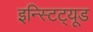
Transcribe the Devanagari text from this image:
इन्स्टिट्यूड